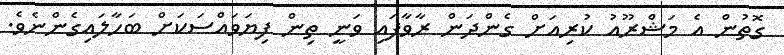
ގޮތުން އެ މަޝްރޫއު ކުރިއަށް ގެންދަން ރާވާފައި ވަނީ ތިން ފިޔަވައްސަކަށް ބަހާލައިގެންނެވެ.